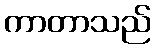
ကာတာသည်